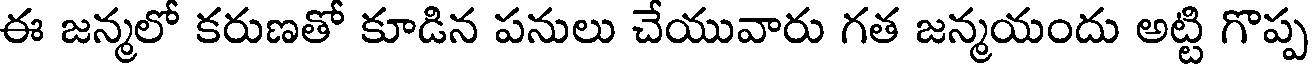
ఈ జన్మలో కరుణతో కూడిన పనులు చేయువారు గత జన్మయందు అట్టి గొప్ప